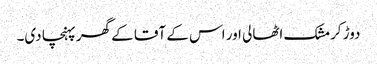
دوڑ کر مشک اٹھالی اور اس کے آقا کے گھر پہنچا دی۔